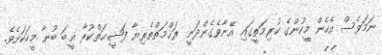
ނަމަވެސް އެހެން މީހުންގެ ކުރިމަތީގައި އޭނާވެގެންދަނީ ރަޙްމަތްތެރިޔާ ފަޟީޙަތްކުރާ ޣީބަ ބުނާ މީހަކަށެވެ.